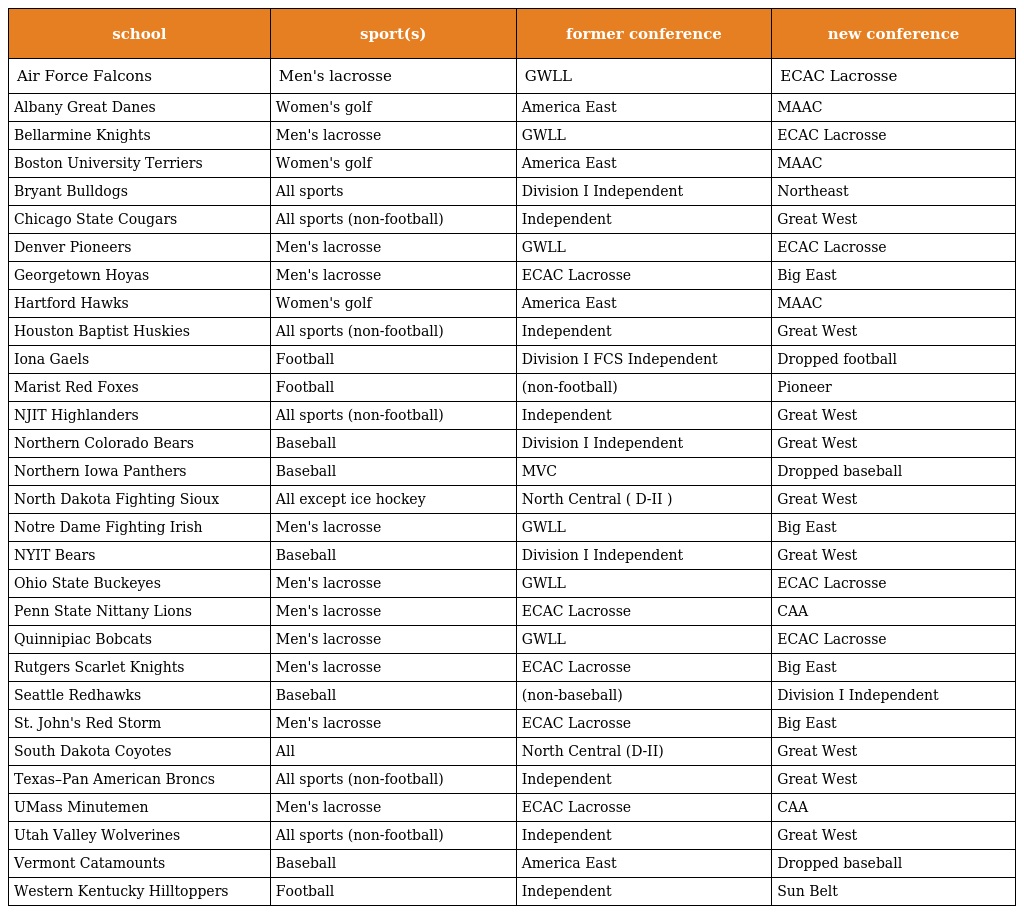
| school | sport(s) | former conference | new conference |
 | --- | --- | --- | --- |
 | Air Force Falcons | Men's lacrosse | GWLL | ECAC Lacrosse |
 | Albany Great Danes | Women's golf | America East | MAAC |
 | Bellarmine Knights | Men's lacrosse | GWLL | ECAC Lacrosse |
 | Boston University Terriers | Women's golf | America East | MAAC |
 | Bryant Bulldogs | All sports | Division I Independent | Northeast |
 | Chicago State Cougars | All sports (non-football) | Independent | Great West |
 | Denver Pioneers | Men's lacrosse | GWLL | ECAC Lacrosse |
 | Georgetown Hoyas | Men's lacrosse | ECAC Lacrosse | Big East |
 | Hartford Hawks | Women's golf | America East | MAAC |
 | Houston Baptist Huskies | All sports (non-football) | Independent | Great West |
 | Iona Gaels | Football | Division I FCS Independent | Dropped football |
 | Marist Red Foxes | Football | (non-football) | Pioneer |
 | NJIT Highlanders | All sports (non-football) | Independent | Great West |
 | Northern Colorado Bears | Baseball | Division I Independent | Great West |
 | Northern Iowa Panthers | Baseball | MVC | Dropped baseball |
 | North Dakota Fighting Sioux | All except ice hockey | North Central ( D-II ) | Great West |
 | Notre Dame Fighting Irish | Men's lacrosse | GWLL | Big East |
 | NYIT Bears | Baseball | Division I Independent | Great West |
 | Ohio State Buckeyes | Men's lacrosse | GWLL | ECAC Lacrosse |
 | Penn State Nittany Lions | Men's lacrosse | ECAC Lacrosse | CAA |
 | Quinnipiac Bobcats | Men's lacrosse | GWLL | ECAC Lacrosse |
 | Rutgers Scarlet Knights | Men's lacrosse | ECAC Lacrosse | Big East |
 | Seattle Redhawks | Baseball | (non-baseball) | Division I Independent |
 | St. John's Red Storm | Men's lacrosse | ECAC Lacrosse | Big East |
 | South Dakota Coyotes | All | North Central (D-II) | Great West |
 | Texas–Pan American Broncs | All sports (non-football) | Independent | Great West |
 | UMass Minutemen | Men's lacrosse | ECAC Lacrosse | CAA |
 | Utah Valley Wolverines | All sports (non-football) | Independent | Great West |
 | Vermont Catamounts | Baseball | America East | Dropped baseball |
 | Western Kentucky Hilltoppers | Football | Independent | Sun Belt |